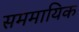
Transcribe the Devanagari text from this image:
सममायिक